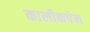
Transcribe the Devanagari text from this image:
कालीकपेन